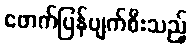
ဖောက်ပြန်ပျက်စီးသည့်